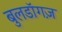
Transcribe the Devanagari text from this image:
बुलडॉगज़